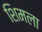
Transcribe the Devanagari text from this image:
शिमला